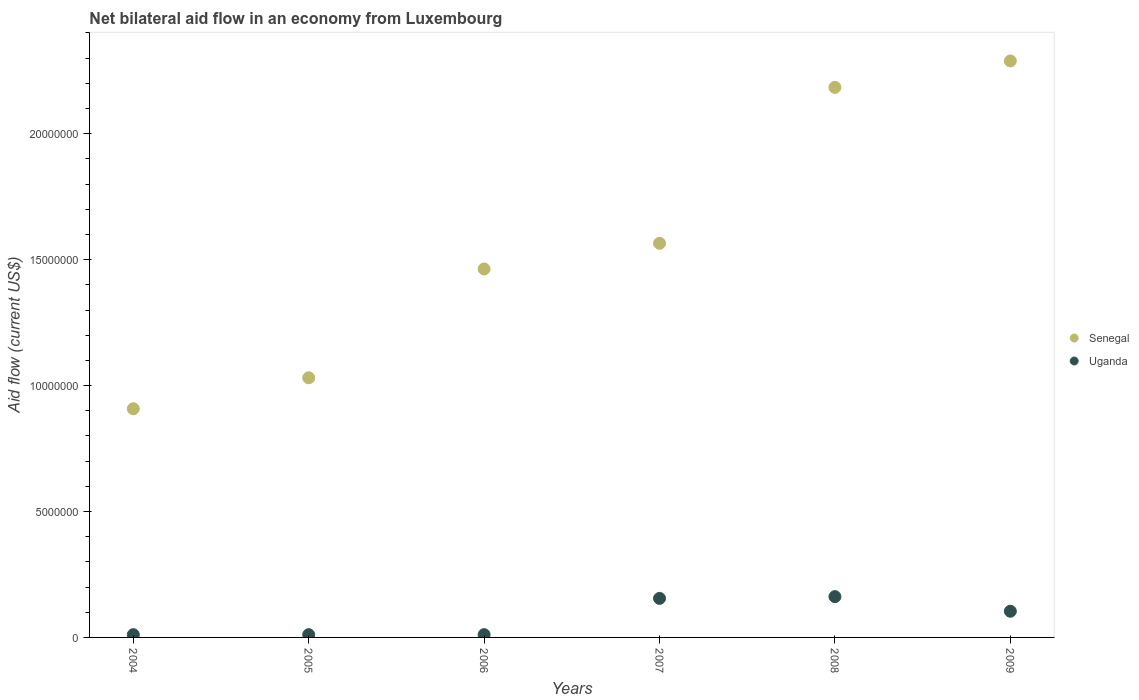
| Years | Senegal | Uganda |
 | --- | --- | --- |
 | 2004 | 9.08e+06 | 1.1e+05 |
 | 2005 | 1.03e+07 | 1.1e+05 |
 | 2006 | 1.46e+07 | 1.1e+05 |
 | 2007 | 1.56e+07 | 1.55e+06 |
 | 2008 | 2.18e+07 | 1.62e+06 |
 | 2009 | 2.29e+07 | 1.04e+06 |